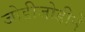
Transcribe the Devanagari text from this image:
जोडीजोडीने